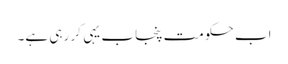
اب حکومت پنجاب یہی کر رہی ہے۔